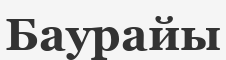
Баурайы